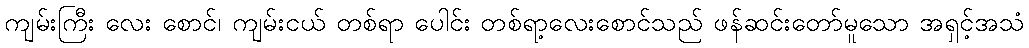
ကျမ်းကြီး လေး စောင်၊ ကျမ်းငယ် တစ်ရာ ပေါင်း တစ်ရာ့လေးစောင်သည် ဖန်ဆင်းတော်မူသော အရှင့်အသံ